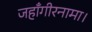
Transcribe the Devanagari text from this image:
जहाँगीरनामा।